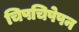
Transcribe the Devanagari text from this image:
चिपचिपेपन